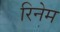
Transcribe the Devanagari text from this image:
रिनेम